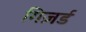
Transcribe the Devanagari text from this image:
गिज़र्ड